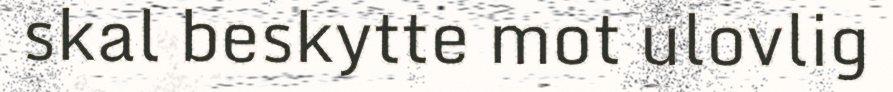
skal beskytte mot ulovlig